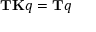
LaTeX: \mathbf { T K } q = \mathbf { T } q